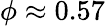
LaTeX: \phi\approx 0.57